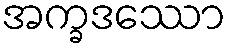
အက္ခဒဿော